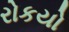
રોકયો